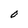
Character: O